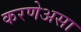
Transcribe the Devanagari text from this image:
करणेअसा